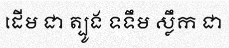
ដើម ជា ត្បូង ទទឹម ស្លឹក ជា